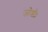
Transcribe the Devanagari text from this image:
जोशी।